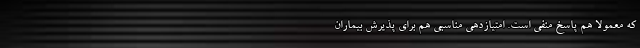
که معمولا هم پاسخ منفی است. امتیازدهی مناسبی هم برای پذیرش بیماران